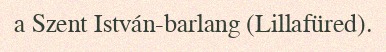
a Szent István-barlang (Lillafüred).